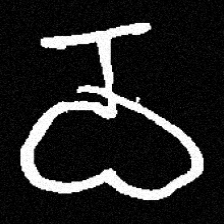
Pyu character \u2014 Myanmar letter: ဝ (romanized: wa)